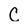
Character: C